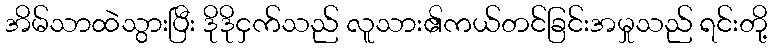
အိမ်သာထဲသွားပြီး ဒိုဒိုငှက်သည် လူသား၏ကယ်တင်ခြင်းအမှုသည် ရင်းတို့